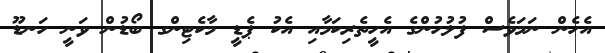
އެހެން ނަމަވެސް ފުލުހުންގެ އެހީތެރިކަމާއި އެކު ޕެޑީ މާކެޓިންގ ބޯޑުން ވަނީ ހަނޑޫ